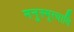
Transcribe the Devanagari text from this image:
मनुस्मृत्यादि